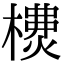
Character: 𣛫